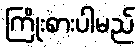
ကြိုးစားပါမည်